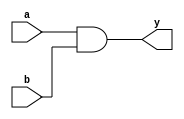
// This program was cloned from: https://github.com/JeffDeCola/my-verilog-examples
// License: MIT License

// 2-input AND gate used in my programable-8-bit-microprocessor

module and2_gate(
    input       a, b,     // 2-Input
    output      y);       // Output

    // GATE PRIMITIVE
    and (y, a, b);

endmodule

module and2_dataflow(
    input       a, b,     // 2-Input
    output      y);       // Output

    // CONTINUOUS ASSIGNMENT STATEMENT
    assign y = a & b;

endmodule

module and2_behavioral(
    input       a, b,     // 2-Input
    output reg  y);       // Output

    // ALWAYS BLOCK with NON-BLOCKING PROCEDURAL ASSIGNMENT STATEMENT
    always @(a or b) begin
        y <= a & b;
    end

endmodule